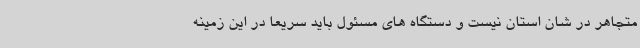
متجاهر در شان استان نیست و دستگاه های مسئول باید سریعا در این زمینه